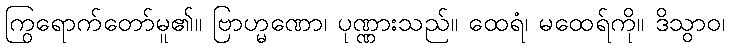
ကြွရောက်တော်မူ၏။ ဗြာဟ္မဏော၊ ပုဏ္ဏားသည်။ ထေရံ၊ မထေရ်ကို။ ဒိသွာဝ၊